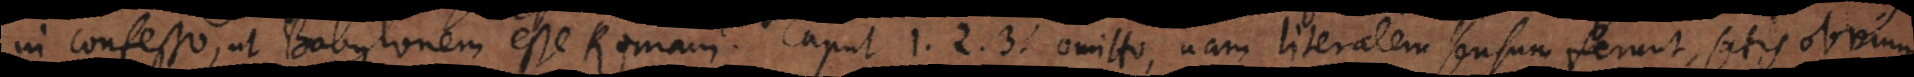
in confesso, ut Babylonem esse Romam. Caput 1. 2. 3. omitto, nam literalem sensum ferunt, satis obvium.